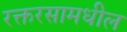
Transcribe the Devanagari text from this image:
रक्तरसामधील